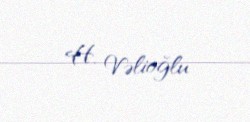
H. Vəlioğlu